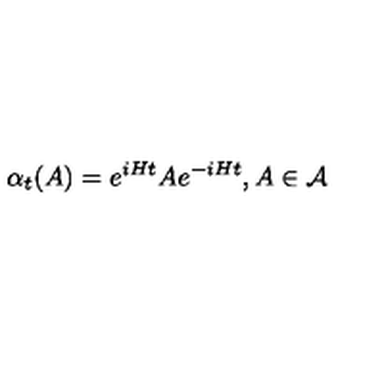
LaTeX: \alpha _ { t } ( A ) = e ^ { i H t } A e ^ { - i H t } , A \in \mathcal { A }